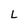
Character: L